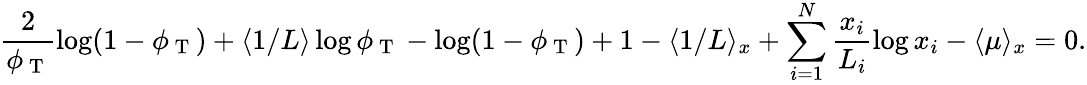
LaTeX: \frac{2}{\phi_{\mathrm{~T~}}}\log(1-\phi_{\mathrm{~T~}})+\langle 1/L\rangle\log\phi_{\mathrm{~T~}}-\log(1-\phi_{\mathrm{~T~}})+1-\langle 1/L\rangle_{x}+\sum_{i=1}^{N}\frac{x_{i}}{L_{i}}\log x_{i}-\langle\mu\rangle_{x}=0.